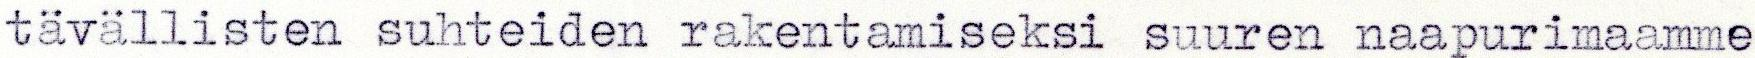
tävällisten suhteiden rakentamiseksi suuren naapurimaamme